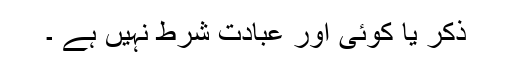
ذکر یا کوئی اور عبادت شرط نہیں ہے ۔